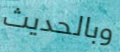
وبالحديث